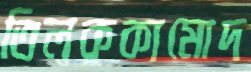
তিলককামোদ